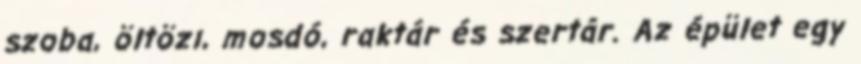
szoba, öltözı, mosdó, raktár és szertár. Az épület egy